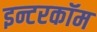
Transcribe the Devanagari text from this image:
इन्टरकॉम